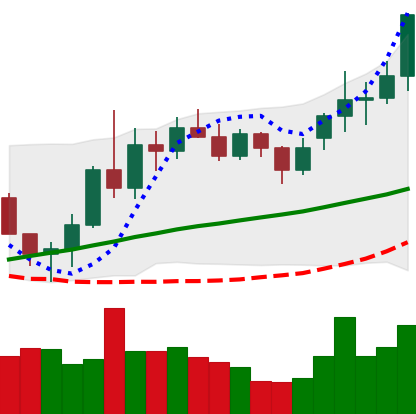
Ticker: LINK-USD
Chart end date: 2020-11-21
Forward return: -18.108%
Label: down_7plus